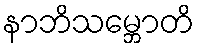
နာဘိသမ္ဘောတိ